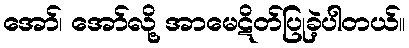
အော်၊ အော်လို့ အာမေဋိတ်ပြုခဲ့ပါတယ်။